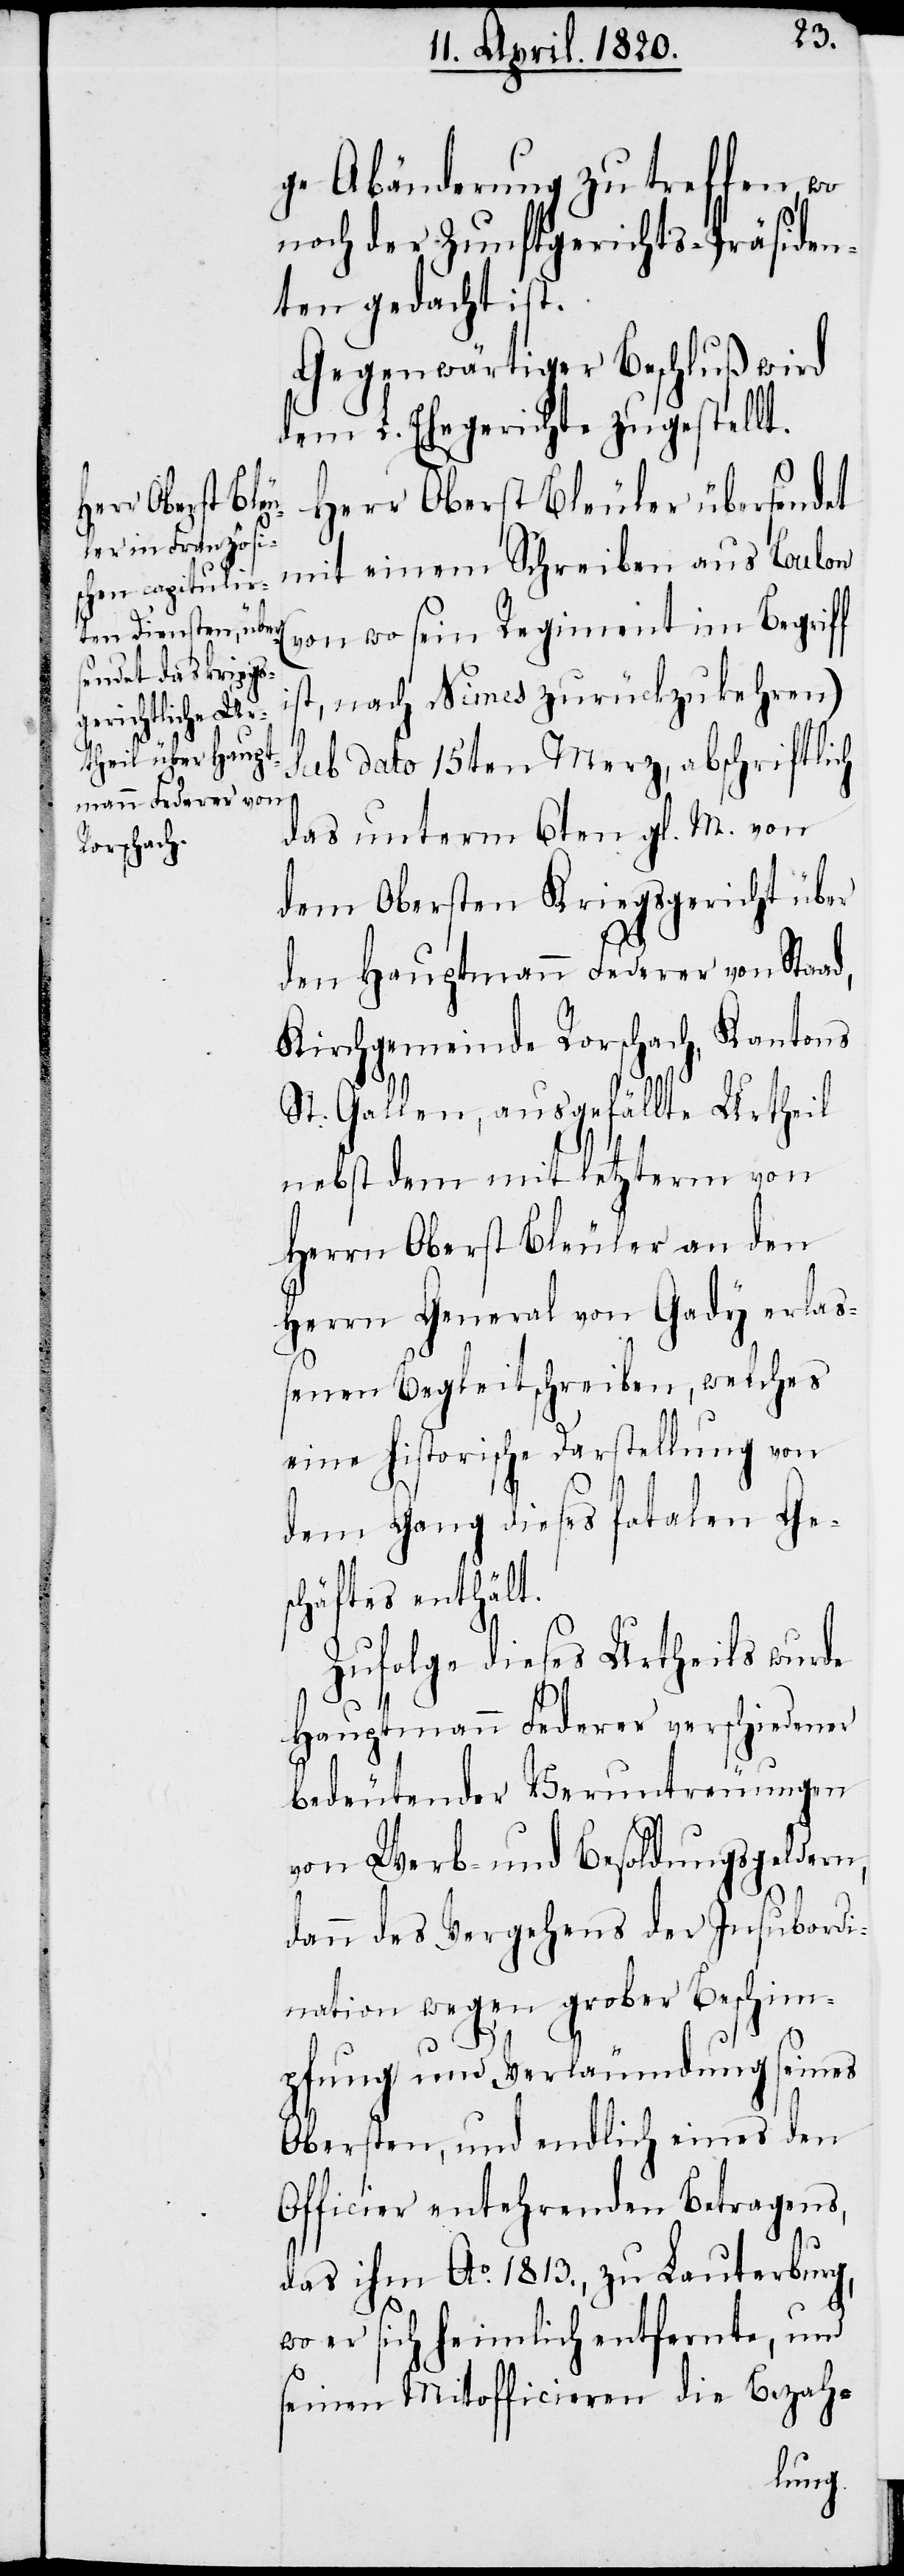
ge Abänderung zu treffen, wo
noch der Zunftgerichts-Präsiden¬
ten gedacht ist.
Gegenwärtiger Beschluß wird
dem L. Ehegerichte zugestellt.
Herr Oberst Bleuler übersendet
mit einem Schreiben aus Loulon
(von wo sein Regiment im Begriff
nach Nimes zurückzukehren)
Sub dato 15ten Merz, abschriftlich
das unterm 6ten gl. M. von
dem Obersten Kriegsgericht über
den Hauptmann Federer von Stand,
Kirchgemeinde Rorschach, Kantons
St. Gallen, ausgefällte Urtheil
nebst dem mit letzterm von
Herrn Oberst Bleuler an den
Herrn General von Gady erlaß¬
enen Begleitschreiben, welches
eine historische Darstellung von
dem Gang dieses fatalen Ge¬
schäftes enthält.
Zufolge dieses Urtheils wurde
Hauptmann Federer verschiedener
bedeutender Veruntreuungen
von Werb- und Besoldungsgeldern,
denn des Vergehens der Insubordi¬
nation wegen grober Beschim¬
pfung und Verleumdungen seines
Obersten, und endlich eines den
Officier entehrenden Betragens,
das ihm A0. 1813., zu Lauterbung,
wo er sich heimlich entfernte, und
seinen Mitofficieren die Bezah-